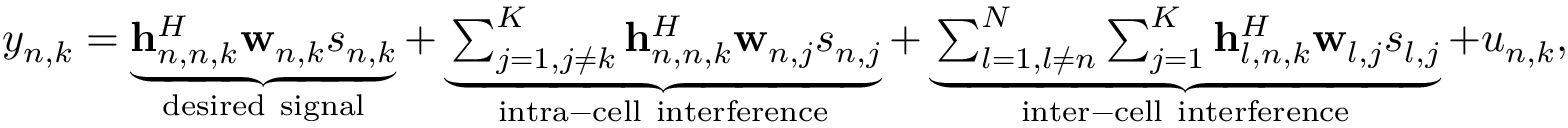
\begin{array} { r } { y _ { n , k } = \underbrace { \mathbf { h } _ { n , n , k } ^ { H } \mathbf { w } _ { n , k } s _ { n , k } } _ { \mathrm { d e s i r e d ~ s i g n a l } } + \underbrace { \sum _ { j = 1 , j \neq k } ^ { K } \mathbf { h } _ { n , n , k } ^ { H } \mathbf { w } _ { n , j } s _ { n , j } } _ { \mathrm { i n t r a - c e l l ~ i n t e r f e r e n c e } } + \underbrace { \sum _ { l = 1 , l \neq n } ^ { N } \sum _ { j = 1 } ^ { K } \mathbf { h } _ { l , n , k } ^ { H } \mathbf { w } _ { l , j } s _ { l , j } } _ { \mathrm { i n t e r - c e l l ~ i n t e r f e r e n c e } } + u _ { n , k } , } \end{array}